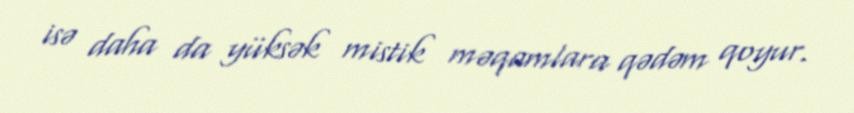
isə daha da yüksək mistik məqamlara qədəm qoyur.